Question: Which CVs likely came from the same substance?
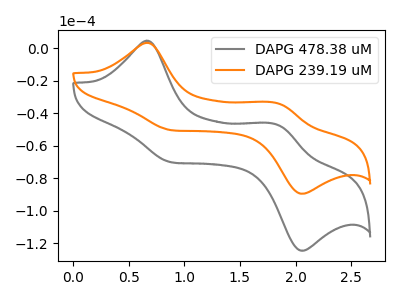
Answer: <think>The gray curve "DAPG 478.38 uM" has anodic peaks at (0.65V, 4.50uA) (1.85V, -46.95uA) and cathodic peaks at (0.90V, -70.45uA) (2.05V, -124.60uA). The orange curve "DAPG 239.19 uM" has anodic peaks at (0.65V, 3.25uA) (1.85V, -33.75uA) and cathodic peaks at (0.90V, -50.65uA) (2.05V, -89.55uA).
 All the peaks in "DAPG 478.38 uM" have a peak in "DAPG 239.19 uM" at the same potential.</think>
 <answer>"DAPG 239.19 uM" and "DAPG 478.38 uM" have the same shape and are likely CV's of the same chemical.</answer>
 <eval>"DAPG 239.19 uM" "DAPG 478.38 uM"</eval>